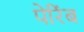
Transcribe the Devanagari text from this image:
पेरिंब